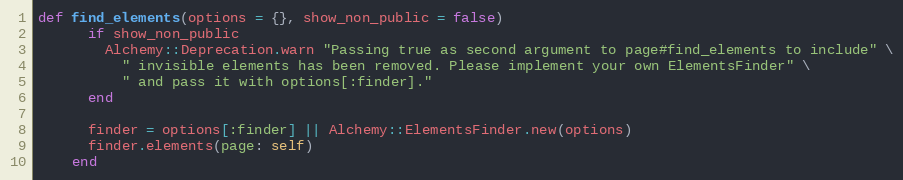
Language: Ruby
def find_elements(options = {}, show_non_public = false)
      if show_non_public
        Alchemy::Deprecation.warn "Passing true as second argument to page#find_elements to include" \
          " invisible elements has been removed. Please implement your own ElementsFinder" \
          " and pass it with options[:finder]."
      end

      finder = options[:finder] || Alchemy::ElementsFinder.new(options)
      finder.elements(page: self)
    end